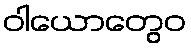
ဝါယောတွေဝ